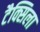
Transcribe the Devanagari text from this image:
टैक्सिला